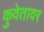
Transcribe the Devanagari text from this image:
कुवेतावर